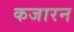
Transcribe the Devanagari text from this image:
कजारन